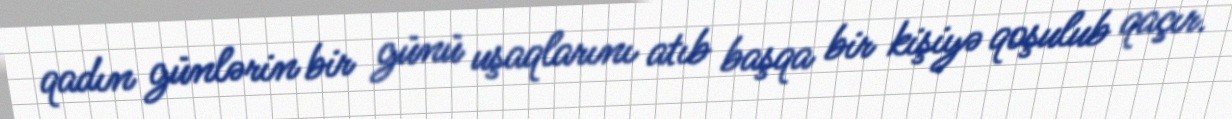
qadın günlərin bir günü uşaqlarını atıb başqa bir kişiyə qoşulub qaçır.